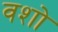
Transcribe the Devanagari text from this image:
वशो